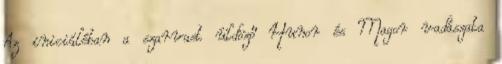
Az iniciáléban a szarvast üldöző Hunor és Magor vadászata